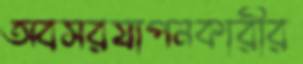
অবসরযাপনকারীর